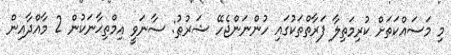
މި މަސައްކަތަށް ކުރިމަތިލާ ފަރާތްތަކުގައި ހުންނަންޖެހޭ ޝަރުޠު: ސާނަވީ އިމްތިޙާނަކުން 2 މާއްދާއިން